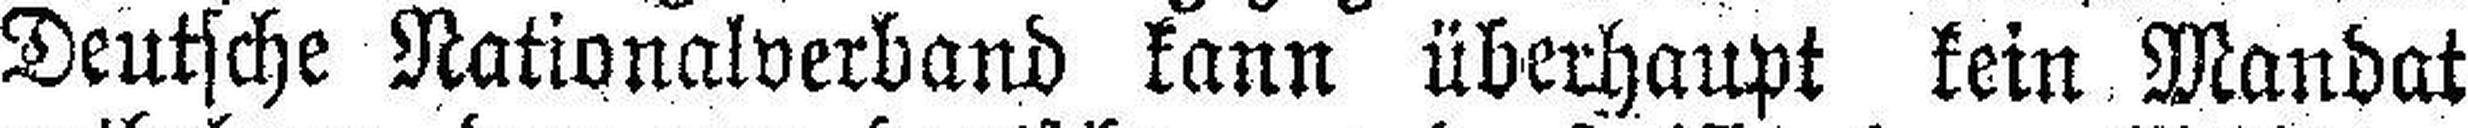
Deutsche Nationalverband kann überhaupt kein Mandat